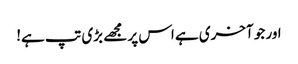
اور جو آخری ہے اس پر مجھے بڑی تپ ہے!